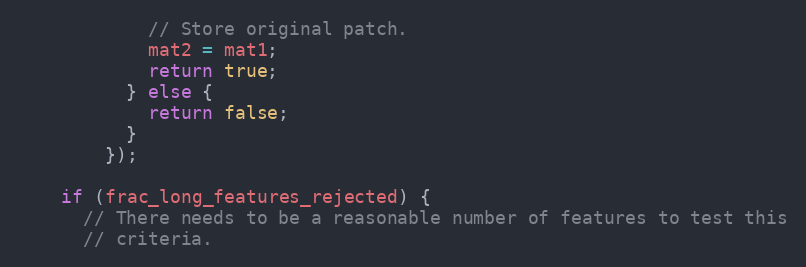
Language: C++
            // Store original patch.
            mat2 = mat1;
            return true;
          } else {
            return false;
          }
        });

    if (frac_long_features_rejected) {
      // There needs to be a reasonable number of features to test this
      // criteria.